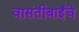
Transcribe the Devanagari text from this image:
वासंतीबाईंचे